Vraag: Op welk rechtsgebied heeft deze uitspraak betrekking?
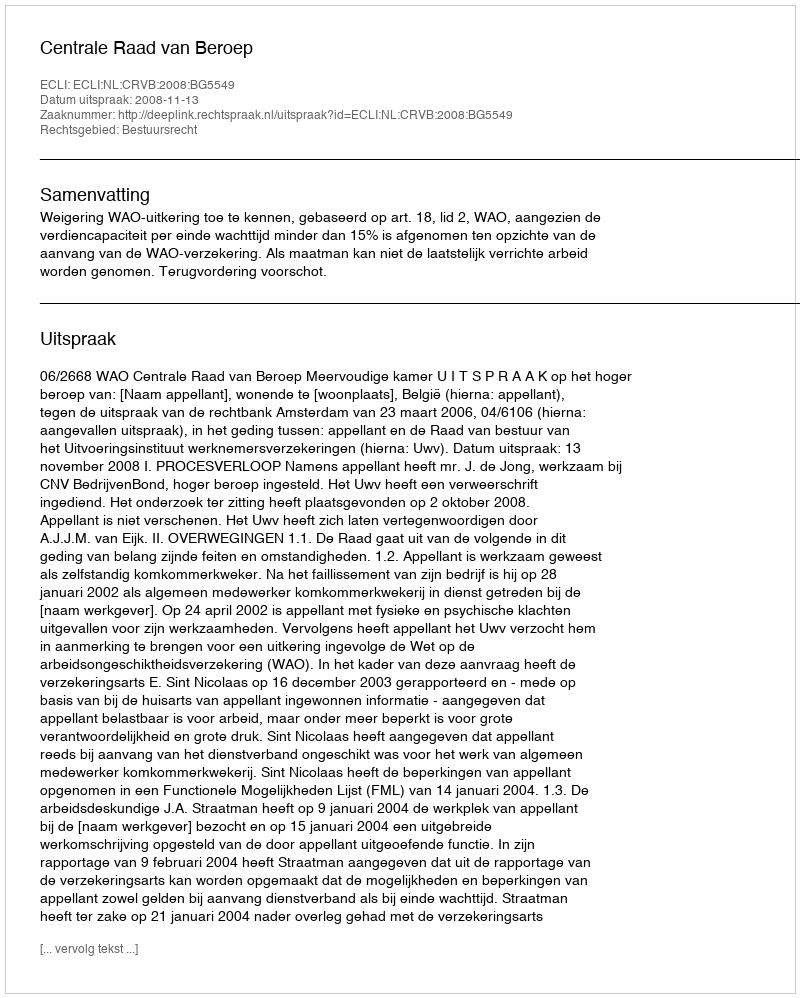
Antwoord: Bestuursrecht